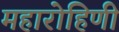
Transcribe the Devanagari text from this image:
महारोहिणी